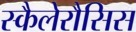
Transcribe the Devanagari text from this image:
स्कैलेरौसिस